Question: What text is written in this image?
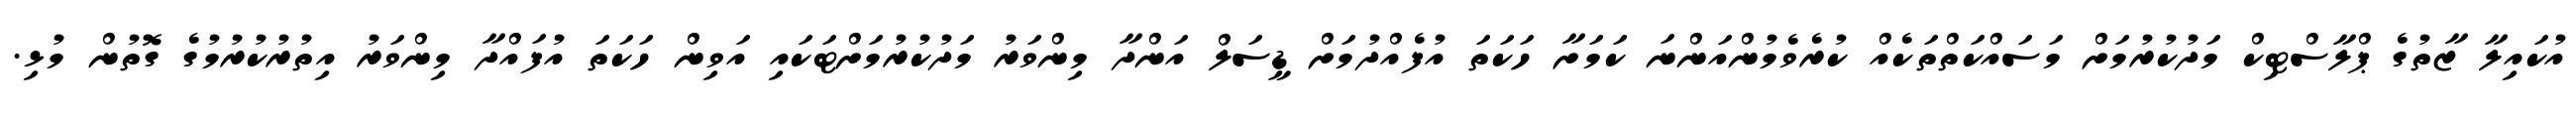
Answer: އުކައިލާ ޒާތުގެ ޕްލާސްޓިކް މަދުކުރުމަށް މަސައްކަތްތަކެއް ކުރެވެމުންއަންނަ ކަމަށާ ހަކަތަ އުފެއްދުމަށް ޑީސަލް އަންދާ މިންވަރު މަދުކުރުމަށްޓަކައި އަވިން ހަކަތަ އުފައްދާ މިންވަރު އިތުރުކުރުމުގެ ގޮތުން މުޅި.